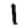
Digit: 1